Vaccination Hyderabad 1872-1889 - 1872-1889
Year: 1872
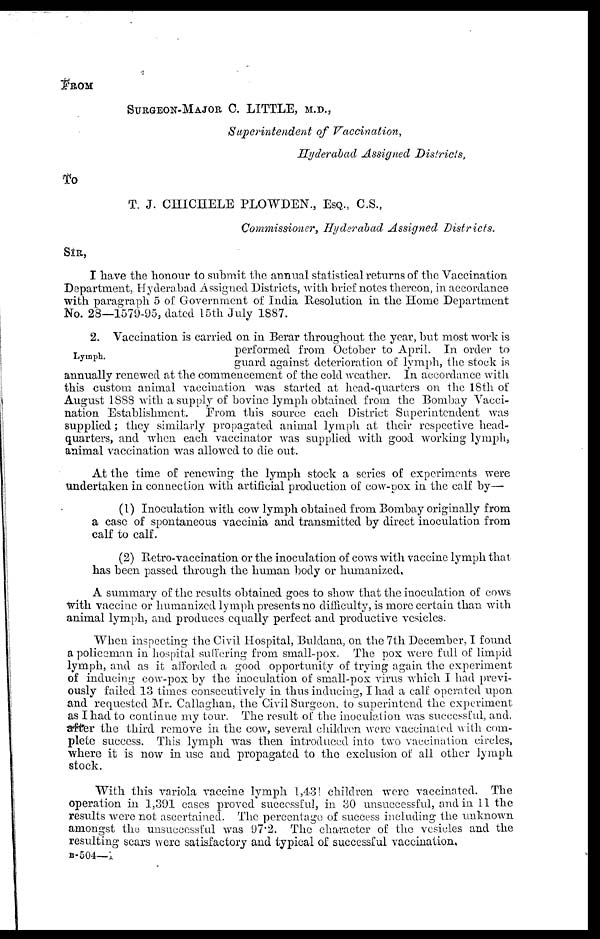
FROM
SURGEON-MAJOR C. LITTLE, M.D.,
Superintendent of Vaccination,
Hyderabad Assigned Districts,
To
T. J. CHICHELE PLOWDEN., ESQ., C.S.,
Commissioner, Hyderabad Assigned Districts.
SIR,
I have the honour to submit the annual statistical returns of the Vaccination
Department, Hyderabad Assigned Districts, with brief notes thereon, in accordance
with paragraph 5 of Government of India Resolution in the Home Department
No. 28—1579-95, dated 15th July 1887.
Lymph.
2. Vaccination is carried on in Berar throughout the year, but most work is
performed from October to April. In order to
guard against deterioration of lymph, the stock is
annually renewed at the commencement of the cold weather. In accordance with
this custom animal vaccination was started at head-quarters on the 18th of
August 1888 with a supply of bovine lymph obtained from the Bombay Vacci-
nation Establishment. From this source each District Superintendent was
supplied; they similarly propagated animal lymph at their respective head-
quarters, and when each vaccinator was supplied with good working lymph,
animal vaccination was allowed to die out.
At the time of renewing the lymph stock a series of experiments were
undertaken in connection with artificial production of cow-pox in the calf by—
(1) Inoculation with cow lymph obtained from Bombay originally from
a case of spontaneous vaccinia and transmitted by direct inoculation from
calf to calf.
(2) Retro-vaccination or the inoculation of cows with vaccine lymph that
has been passed through the human body or humanized,
A summary of the results obtained goes to show that the inoculation of cows
with vaccine or humanized lymph presents no difficulty, is more certain than with
animal lymph, and produces equally perfect and productive vesicles.
When inspecting the Civil Hospital, Buldana, on the 7th December, I found
a policeman in hospital suffering from small-pox. The pox were full of limpid
lymph, and as it afforded a good opportunity of trying again the experiment
of inducing cow-pox by the inoculation of small-pox virus which I had previ-
ously failed 13 times consecutively in thus inducing, I had a calf operated upon
and requested Mr. Callaghan, the Civil Surgeon, to superintend the experiment
as I had to continue my tour. The result of the inoculation was successful, and,
after the third remove in the cow, several children were vaccinated with com-
plete success. This lymph was then introduced into two vaccination circles,
where it is now in use and propagated to the exclusion of all other lymph
stock.
With this variola vaccine lymph 1,431 children were vaccinated. The
operation in 1,391 cases proved successful, in 30 unsuccessful, and in 11 the
results were not ascertained. The percentage of success including the unknown
amongst the unsuccessful was 97.2. The character of the vesicles and the
resulting scars were satisfactory and typical of successful vaccination.
B-504—1